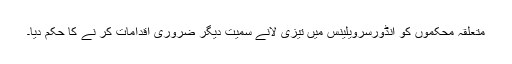
متعلقہ محکموں کو انڈورسرویلینس میں تیزی لانے سمیت دیگر ضروری اقدامات کر نے کا حکم دیا۔